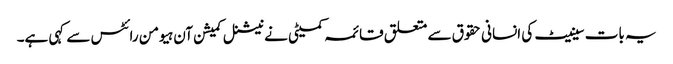
یہ بات سینیٹ کی انسانی حقوق سے متعلق قائمہ کمیٹی نے نیشنل کمیشن آن ہیومن رائٹس سے کہی ہے۔